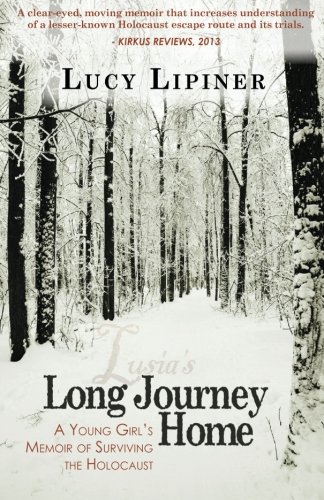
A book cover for Long Journey Home: A Young Girl's Memoir of Surviving the Holocaust; Lucy Lipiner; History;